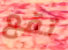
تقع